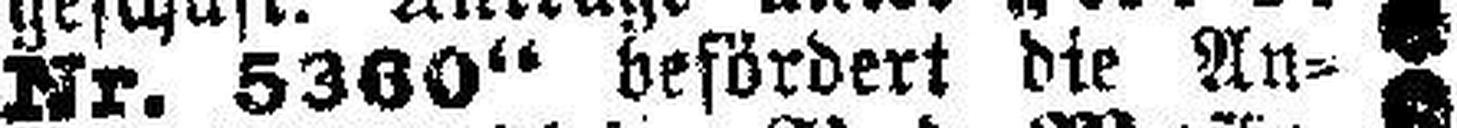
Nr. 5360“ befördert die An¬